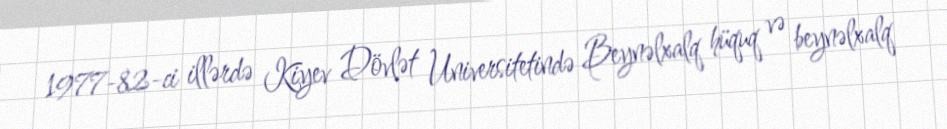
1977-82-ci illərdə Kiyev Dövlət Universitetində Beynəlxalq hüquq və beynəlxalq